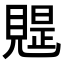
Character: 𧡭